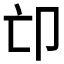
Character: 𠨑